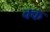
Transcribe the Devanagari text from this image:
क्क